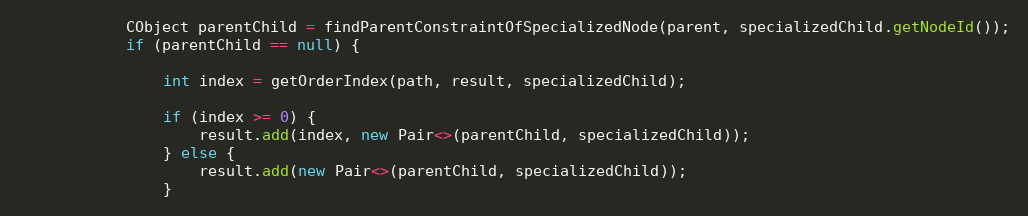
Language: Java
            CObject parentChild = findParentConstraintOfSpecializedNode(parent, specializedChild.getNodeId());
            if (parentChild == null) {

                int index = getOrderIndex(path, result, specializedChild);

                if (index >= 0) {
                    result.add(index, new Pair<>(parentChild, specializedChild));
                } else {
                    result.add(new Pair<>(parentChild, specializedChild));
                }